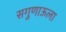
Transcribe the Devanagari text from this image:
सगुणाऊला